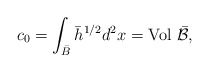
\begin{align*}c_0=\int_{\bar{B}}{\bar h}^{1/2} d^2x=\mbox{Vol}~\bar{\cal B},\end{align*}